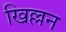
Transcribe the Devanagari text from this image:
खिल्लन